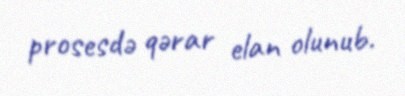
prosesdə qərar elan olunub.